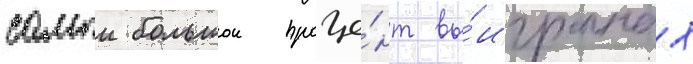
самыи большои проце́нт вы́игранных